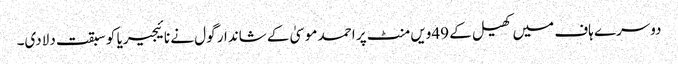
دوسرے ہاف میں کھیل کے 49ویں منٹ پر احمد موسیٰ کے شاندار گول نے نائیجیریا کو سبقت دلادی۔